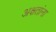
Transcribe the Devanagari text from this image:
अक्षतांना